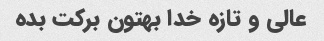
عالی و تازه خدا بهتون برکت بده